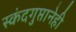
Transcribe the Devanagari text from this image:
स्कंदगुप्तानेही